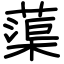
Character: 蕖